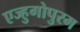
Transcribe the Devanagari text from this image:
एज्हुगोपुरम